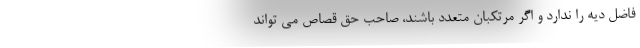
فاضل دیه را ندارد و اگر مرتکبان متعدد باشند، صاحب حق قصاص می تواند